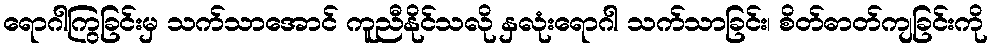
ရောဂါကြွခြင်းမှ သက်သာအောင် ကူညီနိုင်သလို နှလုံးရောဂါ သက်သာခြင်း၊ စိတ်ဓာတ်ကျခြင်းကို